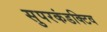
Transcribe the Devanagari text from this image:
सुपरकंडक्टिव